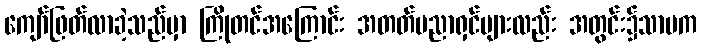
ကျော်ဖြတ်လာခဲ့သည်မှာ ကြိုတင်အကြောင်း အတတ်ပညာရှင်များလည်း အတွင်း၌သာမက